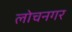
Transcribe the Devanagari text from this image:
लोचनगर